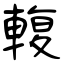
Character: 輹